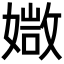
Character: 𡠾